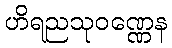
ဟိရညသုဝဏ္ဏေန